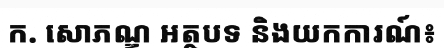
ក. សោភណ្ឌ អត្ថបទ និងយកការណ៍៖